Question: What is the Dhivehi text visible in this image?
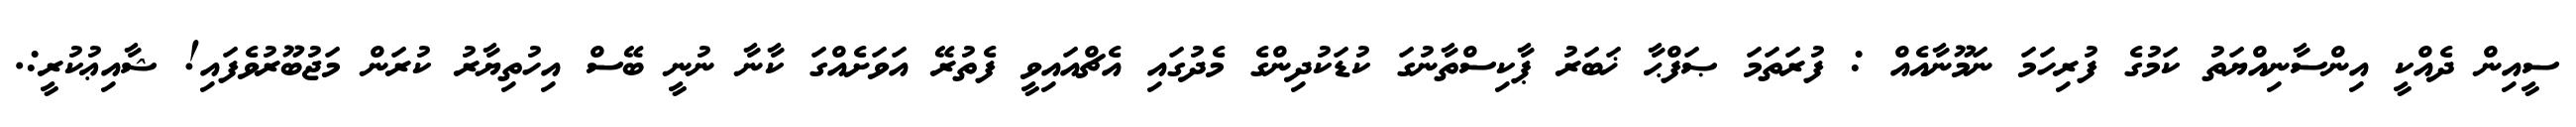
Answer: ސީއިން ދެއްކީ އިންސާނިއްޔަތު ކަމުގެ ފުރިހަމަ ނަމޫނާއެއް : ފުރަތަމަ ޞަފްޙާ ޚަބަރު ޕާކިސްތާނުގަ ކުޑަކުދިންގެ މެދުގައި އެޗްއައިވީ ފެތުރޭ އަވަށެއްގަ ކާނާ ނުނީ ބޭސް އިހުތިޔާރު ކުރަން މަޖުބޫރުވެފައި! ޝާއިޢުކުރީ:.